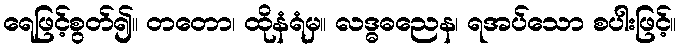
ရေဖြင့်စွတ်၍။ တတော၊ ထိုနံရံမှ။ လဒ္ဓဓညေန၊ ရအပ်သော စပါးဖြင့်။